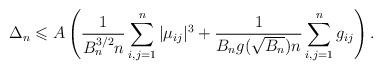
LaTeX: \begin{align*} \Delta_n \leqslant A \left( \frac{1}{ B_n^{3/2} n} \sum\limits_{i,j=1}^n |\mu_{ij}|^3 +\frac{1}{B_n g(\sqrt{B_n}) n} \sum\limits_{i,j=1}^n g_{ij} \right).\end{align*}